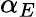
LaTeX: \alpha_{E}